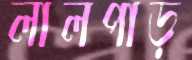
লালপাড়